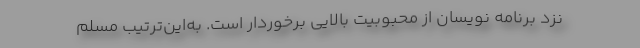
نزد برنامه نویسان از محبوبیت بالایی برخوردار است. به‌این‌ترتیب مسلم